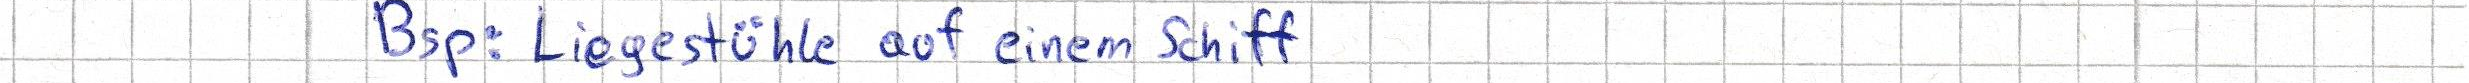
Bsp: Liegestühle auf einem Schiff